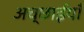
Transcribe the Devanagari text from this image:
अच्छाईयाँ